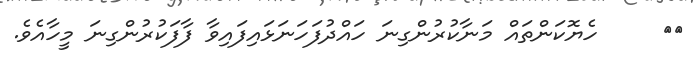
١٢     ހެޔޮކަންތައް މަނާކުރުންގިނަ ހައްދުފަހަނަޅައިފައިވާ ފާފަކުރުންގިނަ މީހާއެވެ.